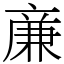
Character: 亷